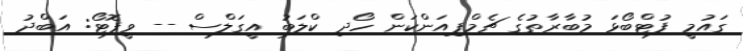
ގައުމީ ފުޓްބޯޅަ މުބާރާތުގެ ޗެމްޕިއަންކަން ހޯދި ކްލަބު އީގަލްސް -- ވީފޮޓޯ: އަބްދު